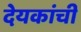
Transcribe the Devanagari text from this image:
देयकांची